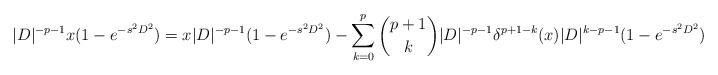
LaTeX: \begin{align*} |D|^{-p-1}x(1-e^{-s^2D^2}) = x|D|^{-p-1}(1-e^{-s^2D^2})-\sum_{k=0}^p \binom{p+1}{k}|D|^{-p-1}\delta^{p+1-k}(x)|D|^{k-p-1}(1-e^{-s^2D^2}) \end{align*}